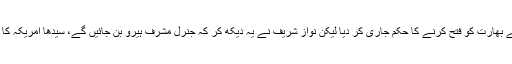
ملک کو نازک صورتحال سے دوچار ہوتا دیکھ کر جنرل مشرف نے بھارت کو فتح کرنے کا حکم جاری کر دیا لیکن نواز شریف نے یہ دیکھ کر کہ جنرل مشرف ہیرو بن جائیں گے، سیدھا امریکہ کا رخ کیا اور بل کلنٹن کی منت سماجت کر کے جنگ بندی کروا دی۔